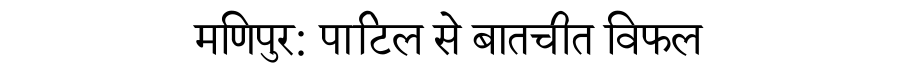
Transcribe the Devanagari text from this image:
मणिपुर: पाटिल से बातचीत विफल